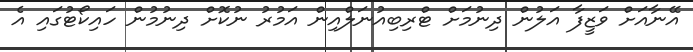
އޭނާއަށް ވަޒީފާ އަލުން ދިނުމަށް ޓްރިބިއުނަލްއިން އަމުރު ނުކޮށް ދިނުމުން ހައިކޯޓުގައި އެ